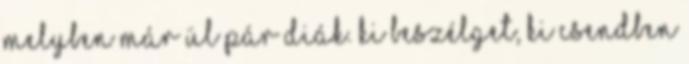
melyben már ül pár diák. Ki beszélget, ki csendben